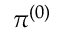
\pi ^ { ( 0 ) }